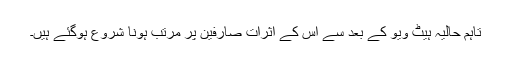
تاہم حالیہ ہیٹ ویو کے بعد سے اس کے اثرات صارفین پر مرتب ہونا شروع ہوگئے ہیں۔